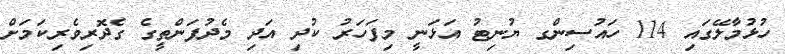
ހުޅުމާލޭގައި 114 ހައުސިންގ ޔުނިޓު އަޅަނީ މިފަހަރު ކުދި އަދި މެދުފަންތީގެ ގެދޮރިވެރިކަމަށް